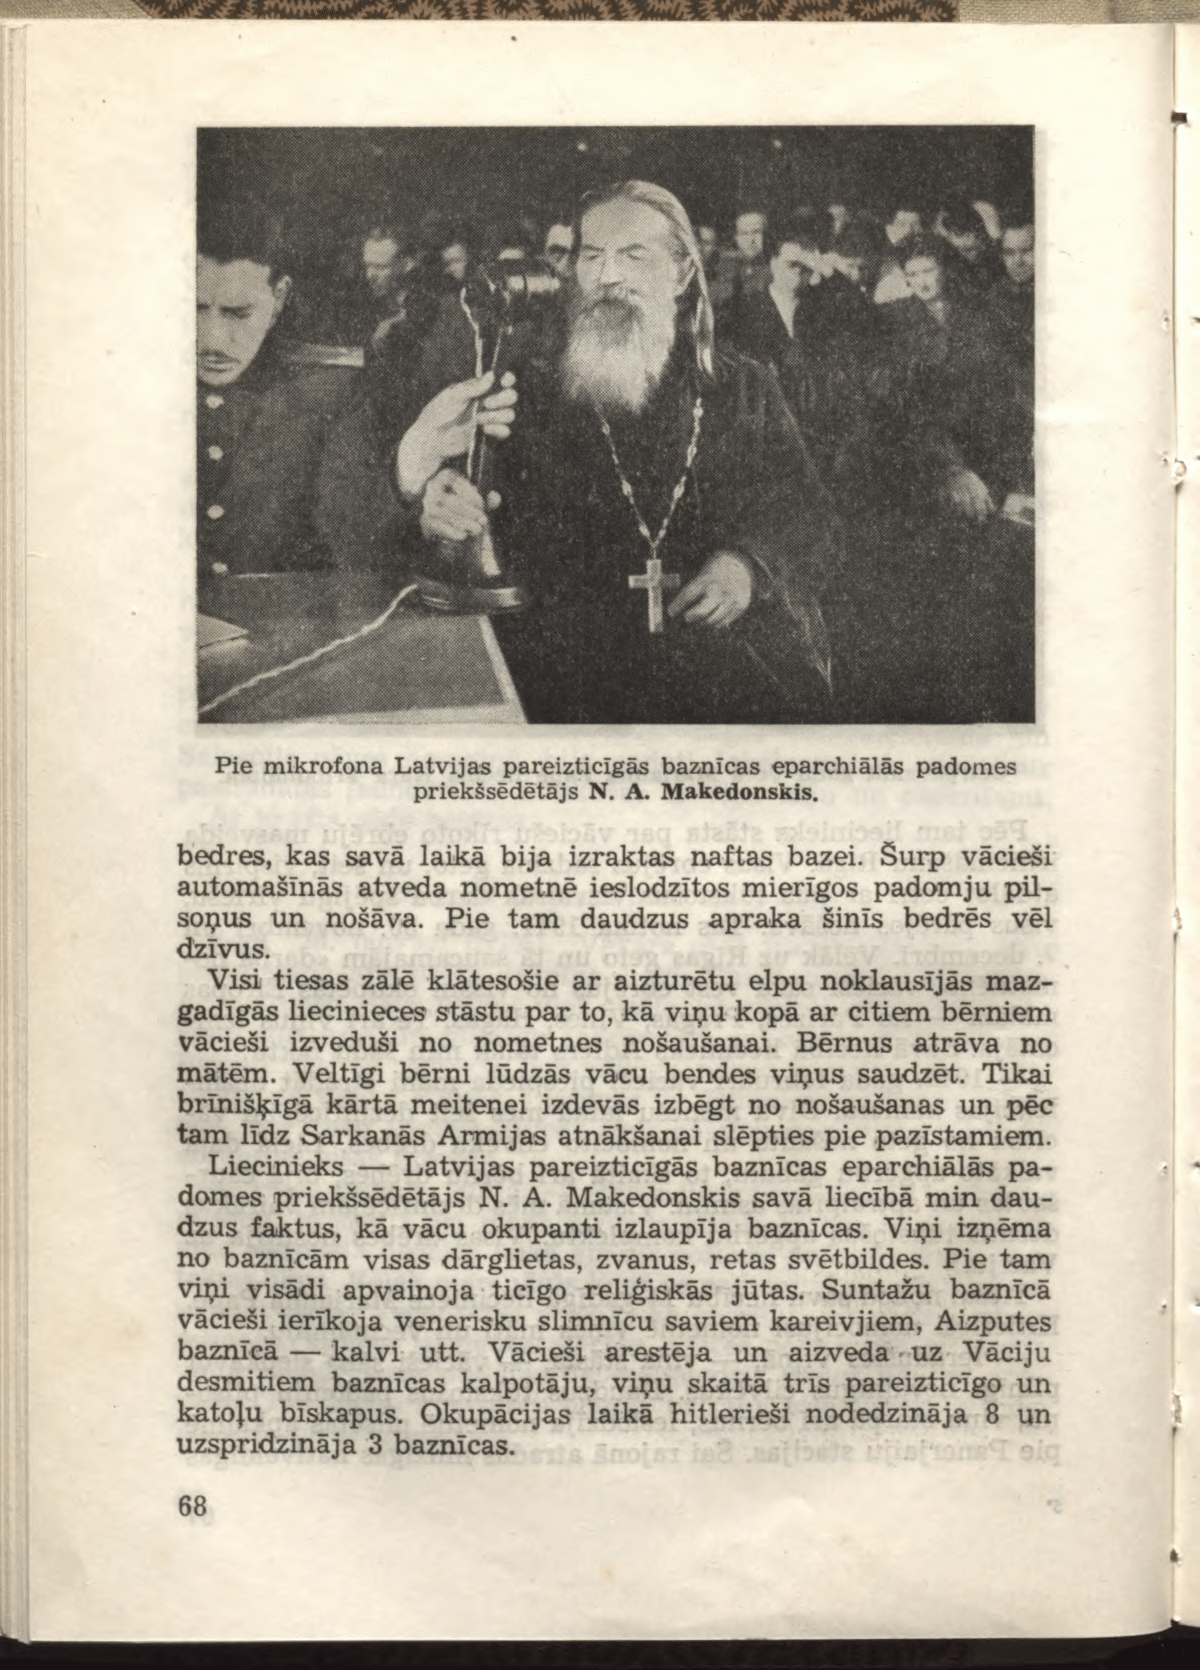
Language: lv